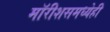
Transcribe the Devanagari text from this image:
मॉरीशसमध्येही